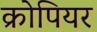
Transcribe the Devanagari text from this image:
क्रोपियर